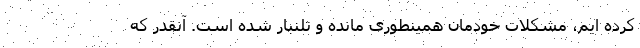
کرده ایم، مشکلات خودمان همینطوری مانده و تلنبار شده است. آنقدر که